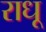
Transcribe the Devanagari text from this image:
राधू